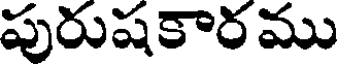
పురుషకారము